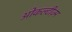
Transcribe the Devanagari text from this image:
ओकल्टीज़्म